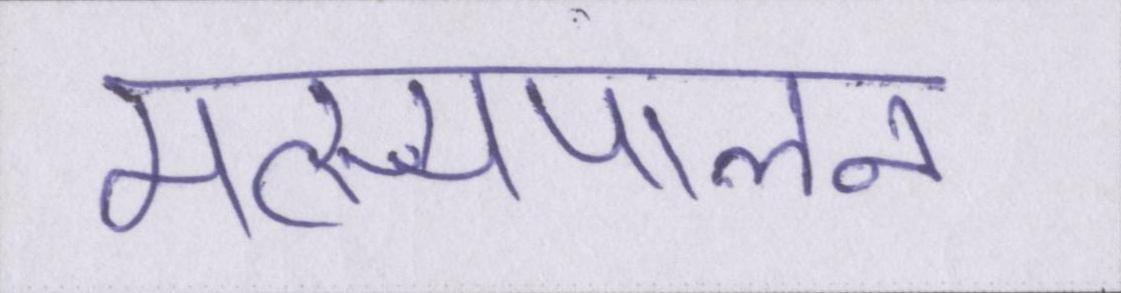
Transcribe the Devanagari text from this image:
मत्स्यपालन